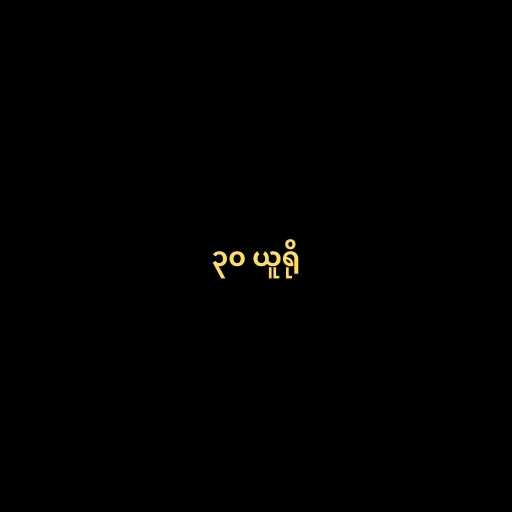
၃၀ ယူရို